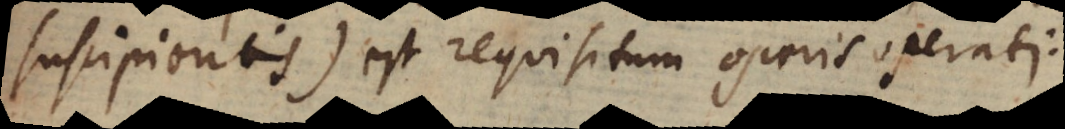
suscipientis), est requisitum operis operati.